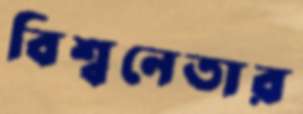
বিশ্বনেতার